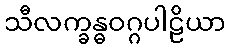
သီလက္ခန္ဓဝဂ္ဂပါဠိယာ